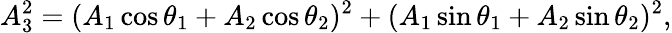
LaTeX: A_{3}^{2}=(A_{1}\cos\theta_{1}+A_{2}\cos\theta_{2})^{2}+(A_{1}\sin\theta_{1}+A_{2}\sin\theta_{2})^{2},